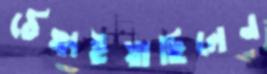
ঠেঙ্গাইয়াছিলেন